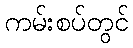
ကမ်းစပ်တွင်